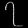
Digit: ၇